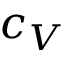
c _ { V }